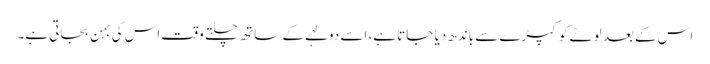
اس کے بعد لوٹے کوکپڑے سے باندھ دیا جاتا ہے، اسے دولہے کے ساتھ چلتے وقت اس کی بہن بجاتی ہے۔